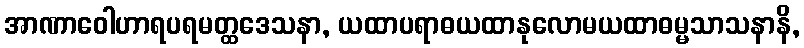
အာဏာဝေါဟာရပရမတ္ထဒေသနာ, ယထာပရာဓယထာနုလောမယထာဓမ္မသာသနာနိ,